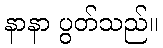
နာနာ ပွတ်သည်။